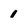
Character: i